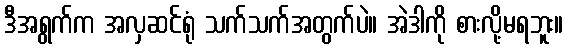
ဒီအရွက်က အလှဆင်ရုံ သက်သက်အတွက်ပဲ။ အဲဒါကို စားလို့မရဘူး။